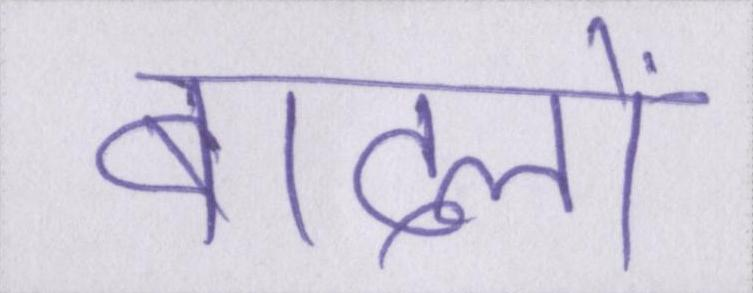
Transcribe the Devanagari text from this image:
बादलों